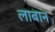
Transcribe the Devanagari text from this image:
लाबान